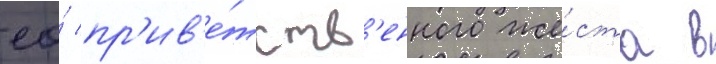
ео́ пр'ив'е́тств'енного же́ста в